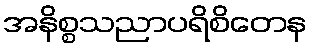
အနိစ္စသညာပရိစိတေန